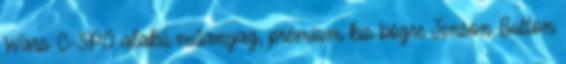
Wars C-3PO alakú műanyag, prémium kis bögre Jenson Button